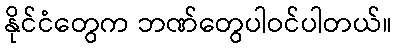
နိုင်ငံတွေက ဘဏ်တွေပါဝင်ပါတယ်။